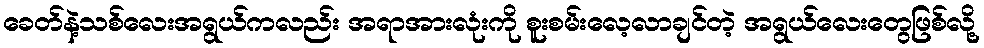
ခေတ်နဲ့သစ်လေးအရွယ်ကလည်း အရာအားလုံးကို စူးစမ်းလေ့လာချင်တဲ့ အရွယ်လေးတွေဖြစ်လို့